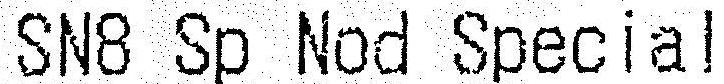
SN8 SP NOD SPECIAL